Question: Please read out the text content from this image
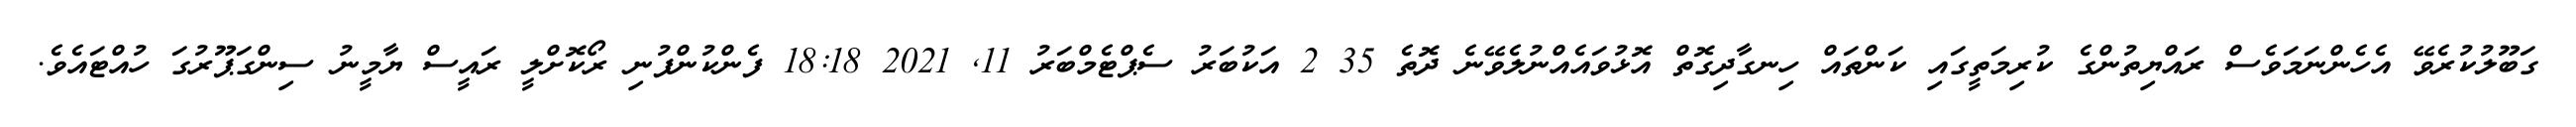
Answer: ގަބޫލުކުރެވޭ އެހެންނަމަވެސް ރައްޔިތުންގެ ކުރިމަތީގައި ކަންތައް ހިނގާދިގޮތް އޮޅުވައެއްނުލެވޭނެ ދޮތެ 35 2 އަކުބަރު ސެޕްޓެމްބަރު 11, 2021 18:18 ފެންކުންފުނި ރޯކޮށްލީ ރައީސް ޔާމީނު ސިންގަޕޫރުގަ ހުއްޓައެވެ.